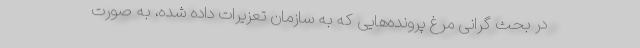
در بحث گرانی مرغ پرونده‌هایی که به سازمان تعزیرات داده شده، به صورت